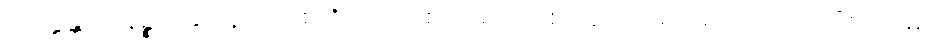
အက္ကန္တပဒါနဉ္စ ဓနုဒဏ္ဍဿ စ ဇိယာယ စ သရဿ စ အာကာရံ ပရိဂ္ဂဏှေယျ။ “ဧဝံ မေ